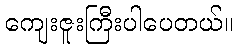
ကျေးဇူးကြီးပါပေတယ်။